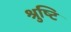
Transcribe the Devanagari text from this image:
श्रुष्टि